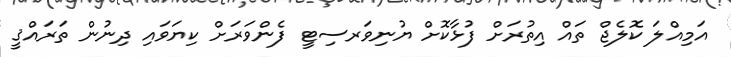
އަމިއްލަ ކޮލެޖް ތައް އިތުރަށް ފުޅާކޮށް ޔުނިވަރސިޓީ ފެންވަރަށް ކިޔަވައި ދިނުން ތަރައްޤީ